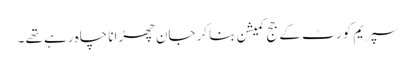
سپریم کور ٹ کے جج کمیشن بنا کر جان چھڑانا چاہ رہے تھے ۔